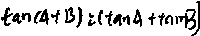
\tan ( A + B ) = \tan ( A ) + ( \tan B )